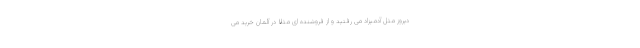
دیروز مثل آدمیزاد می رفتید و از فروشنده ای مثلاً در آلمان خرید می